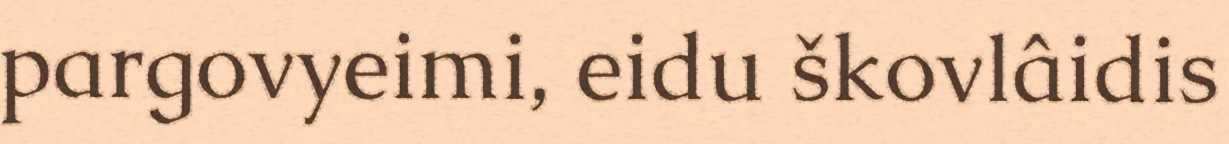
pargovyeimi, eidu škovlâidis